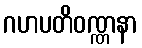
ဂဟပတိဝဏ္ဏနာ